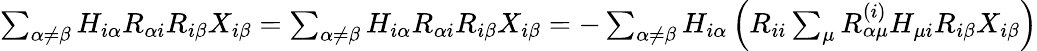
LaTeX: \begin{array}{r}{\sum_{\alpha\neq\beta}H_{i\alpha}R_{\alpha i}R_{i\beta}X_{i\beta}=\sum_{\alpha\neq\beta}H_{i\alpha}R_{\alpha i}R_{i\beta}X_{i\beta}=-\sum_{\alpha\neq\beta}H_{i\alpha}\left(R_{ii}\sum_{\mu}R_{\alpha\mu}^{(i)}H_{\mu i}R_{i\beta}X_{i\beta}\right)}\end{array}